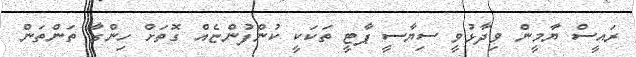
ރައީސް ޔާމީން ވިދާޅުވީ ސިޔާސީ ޕާޓީ ތަކަކީ ކުންފުންޏެއް ގޮތަށް ހިންގާ ތަންތަން